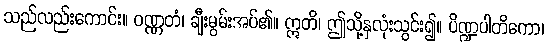
သည်လည်းကောင်း။ ဝဏ္ဏတံ၊ ချီးမွမ်းအပ်၏။ ဣတိ၊ ဤသို့နှလုံးသွင်း၍။ ပိဏ္ဍပါတိကော၊